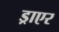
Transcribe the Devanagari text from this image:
ड्राएर